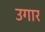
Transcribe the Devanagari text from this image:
उगार